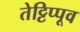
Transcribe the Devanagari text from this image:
तेट्टिप्पूव